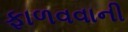
ફાળવવાની